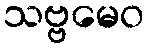
သဗ္ဗမေဝ